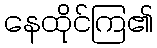
နေထိုင်ကြ၏